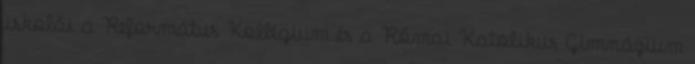
iskolái a Református Kollégium és a Római Katolikus Gimnázium